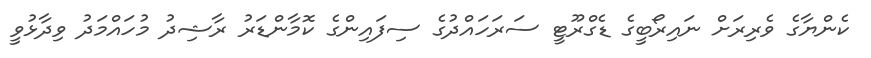
ކެންޔާގެ ވެރިރަށް ނައިރޯބީގެ ޑެގްރޫޓީ ސަރަހައްދުގެ ސިފައިންގެ ކޮމާންޑަރު ރާޝިދު މުހައްމަދު ވިދާޅުވީ